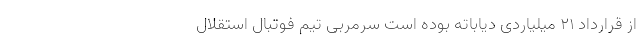
از قرارداد 21 میلیاردی دیاباته بوده است سرمربی تیم فوتبال استقلال